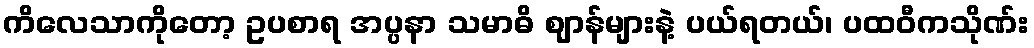
ကိလေသာကိုတော့ ဥပစာရ အပ္ပနာ သမာဓိ ဈာန်များနဲ့ ပယ်ရတယ်၊ ပထဝီကသိုဏ်း